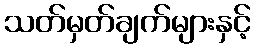
သတ်မှတ်ချက်များနှင့်